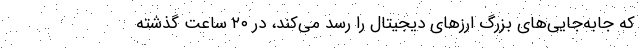
که جابه‌جایی‌های بزرگ ارزهای دیجیتال را رسد می‌کند، در ۲۰ ساعت گذشته